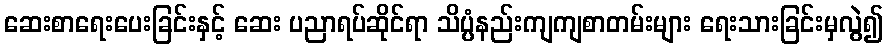
ဆေးစာရေးပေးခြင်းနှင့် ဆေး ပညာရပ်ဆိုင်ရာ သိပ္ပံနည်းကျကျစာတမ်းများ ရေးသားခြင်းမှလွဲ၍